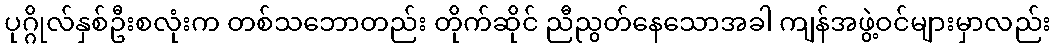
ပုဂ္ဂိုလ်နှစ်ဦးစလုံးက တစ်သဘောတည်း တိုက်ဆိုင် ညီညွတ်နေသောအခါ ကျန်အဖွဲ့ဝင်များမှာလည်း